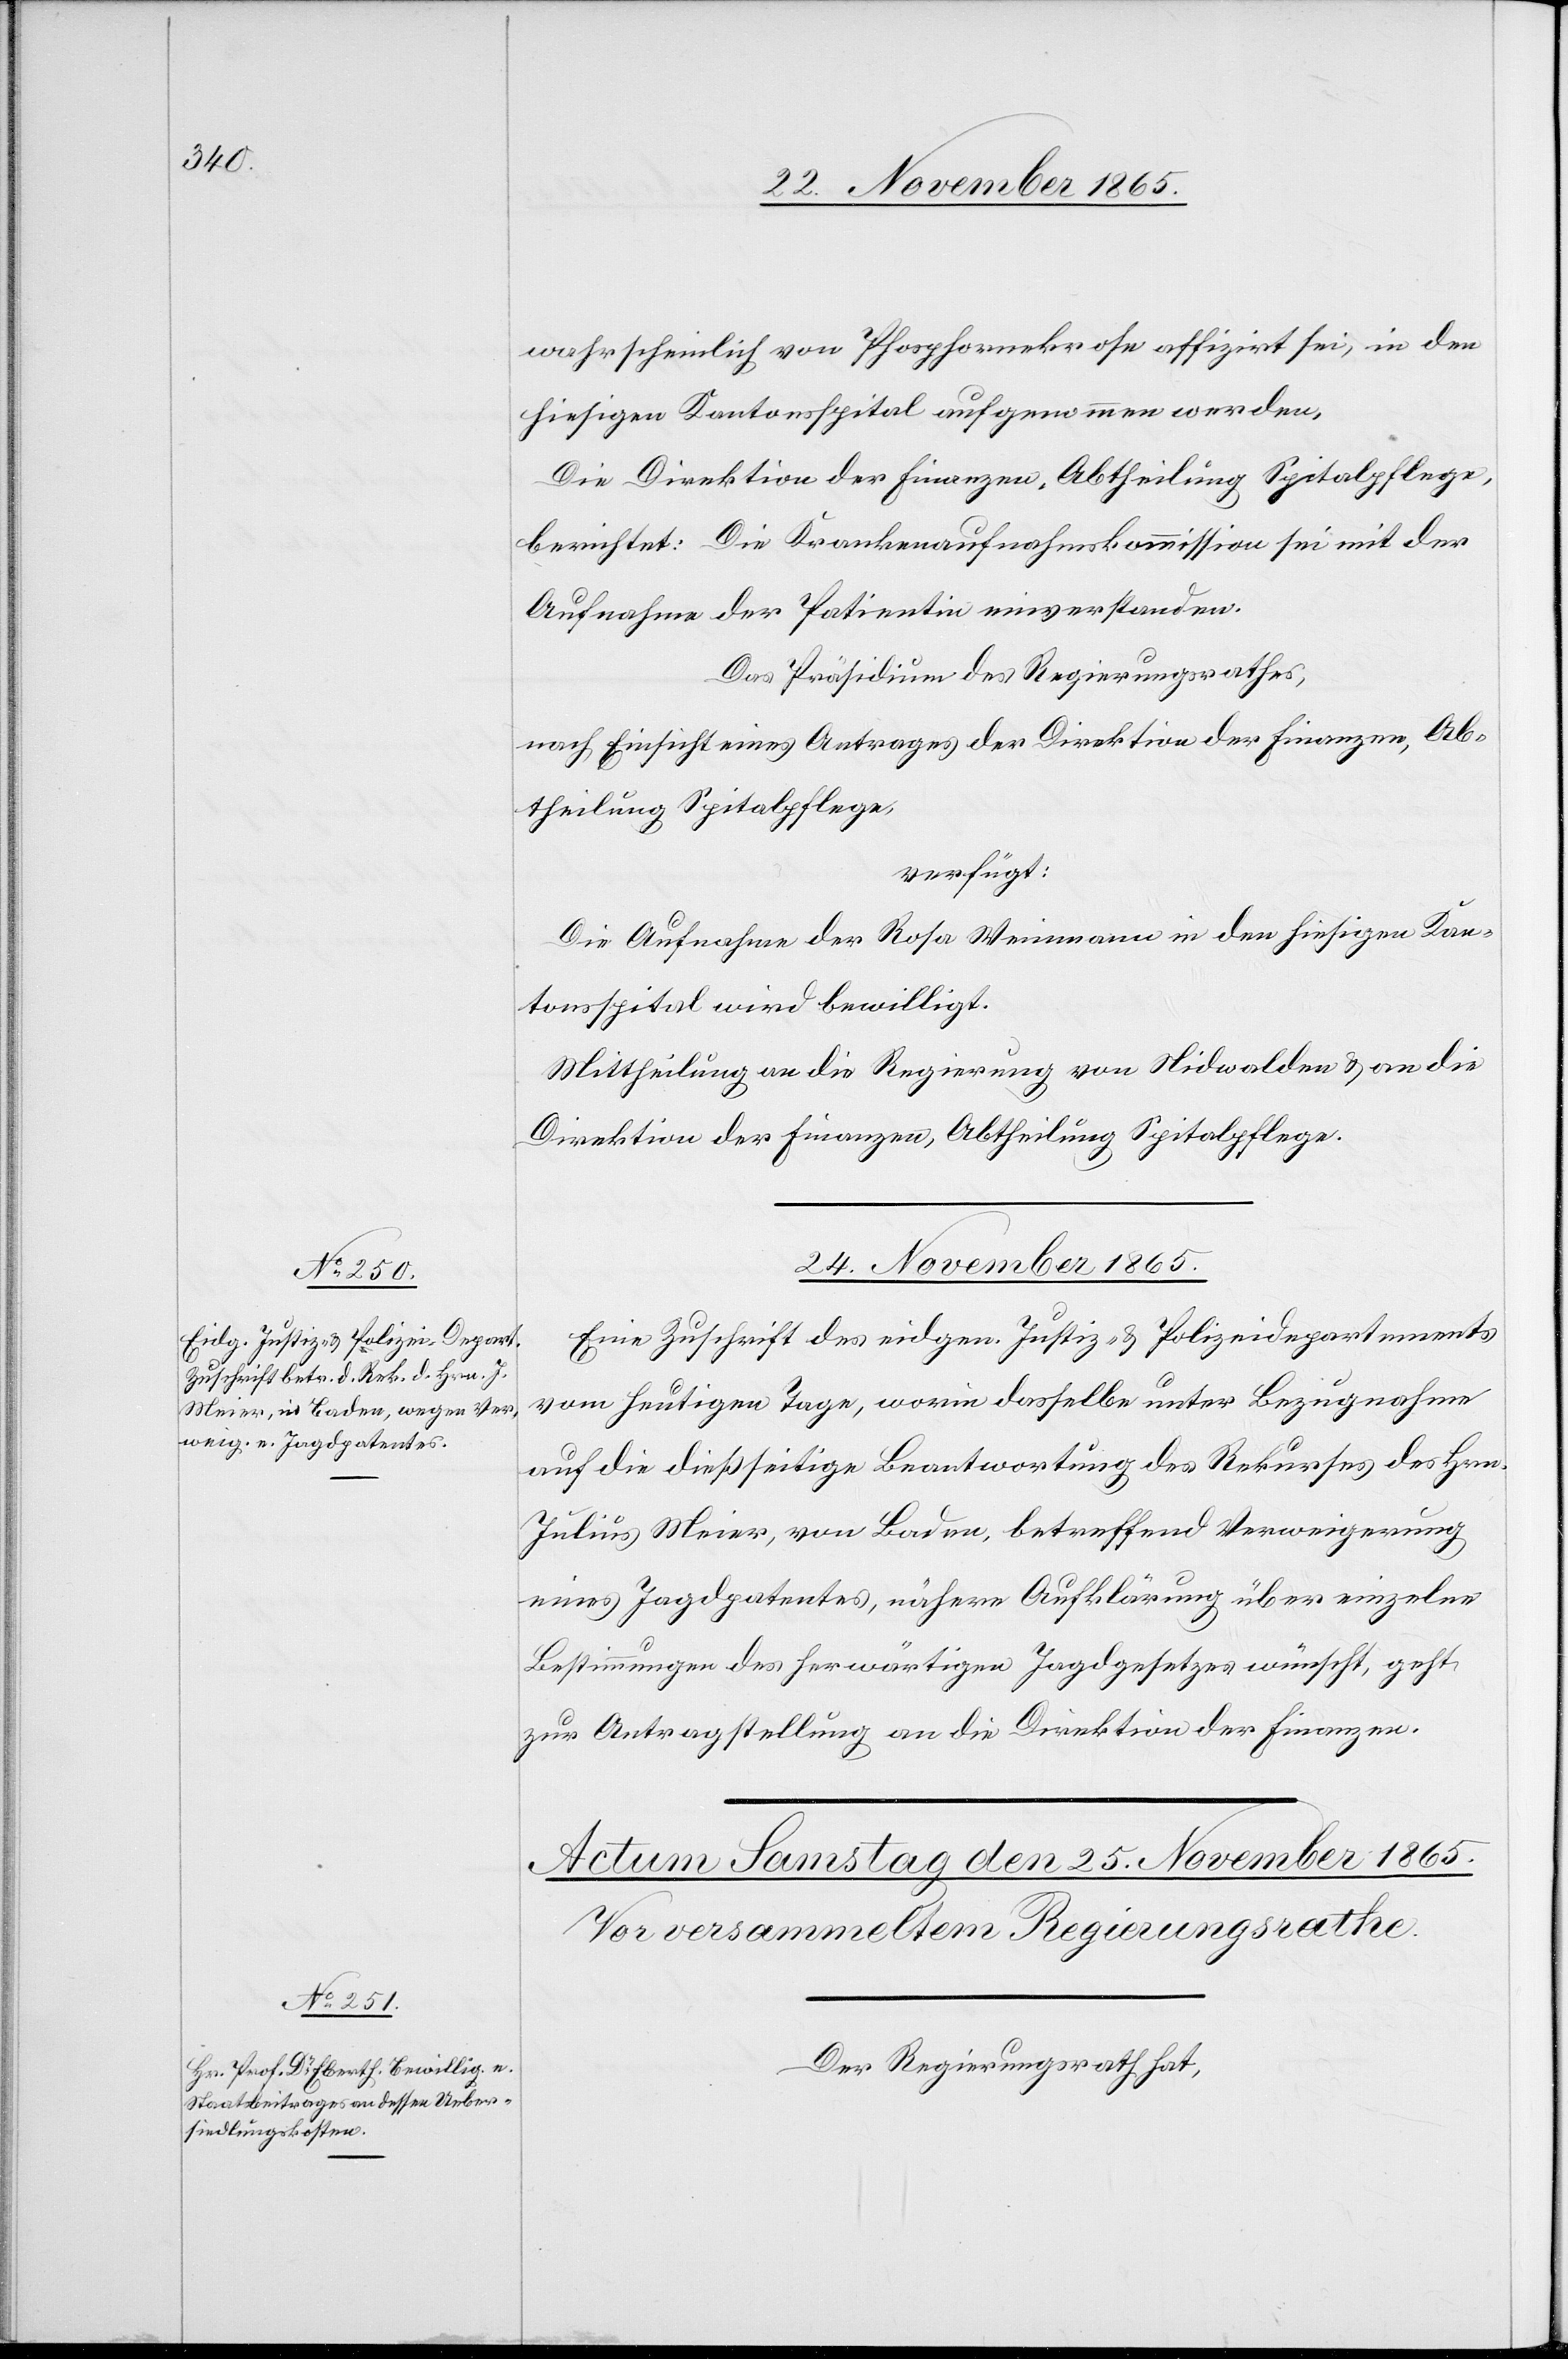
wahrscheinlich von Phosphornekerose affizirt sei, in den
hiesigen Kantonsspital aufgenommen werden.
Die Direktion der Finanzen, Abtheilung Spitalpflege,
berichtet: Die Krankenaufnahmskommission sei mit der
Aufnahme der Patientin einverstanden.
Das Präsidium des Regierungsrathes,
nach Einsicht eines Antrages der Direktion der Finanzen, Ab¬
theilung Spitalpflege,
verfügt:
Die Aufnahme der Rosa Weinmann in den hiesigen Kan¬
tonsspital wird bewilligt.
Mittheilung an die Regierung von Nidwalden & an die
Direktion der Finanzen, Abtheilung Spitalpflege.
24. November 1865.
Eine Zuschrift des eidgen. Justiz- & Polizeidepartements
vom heutigen Tage, worin dasselbe unter Bezugnahme
auf die dießfällige Beantwortung des Rekurses des Hrn.
Julius Meier, von Baden, betreffend Verweigerung
eines Jagdpatentes, nähere Aufklärung über einzelne
Bestimmungen des herwärtigen Jagdgesetzes wünscht, geht
zur Antragstellung an die Direktion der Finanzen.
Der Regierungsrath hat,